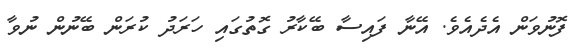
ފޮނުވަން އެދެއެވެ. އޭނާ ފައިސާ ބޭކާރު ގޮތުގައި ހަރަދު ކުރަން ބޭނުން ނުވާ